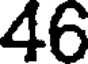
46